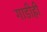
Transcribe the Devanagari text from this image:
गाडीही